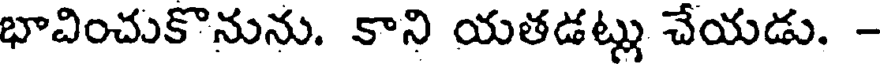
భావించుకొనును. కాని యతడట్లు చేయడు. -